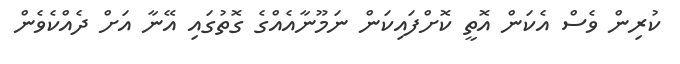
ކުރިން ވެސް އެކަން އޮތީ ކޮށްފައިކަން ނަމޫނާއެއްގެ ގޮތުގައި އޭނާ އަށް ދެއްކެވެން